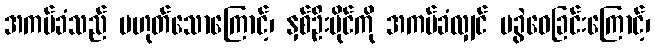
အကပ်ခံသည် မဟုတ်သောကြောင့်၊ နှစ်ဦးပိုင်ကို အကပ်ခံလျှင် မခွဲဝေခြင်းကြောင့်၊